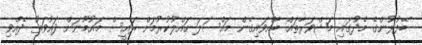
ބޭފުޅުންގެ މެދުގައި މަޝްވަރާތައް ބާއްވައިގެން މައްސަލަ ހައްލުކުރުމަށް ރައީސް މައުމޫނަށް ދައުވަތު ދެއްވި